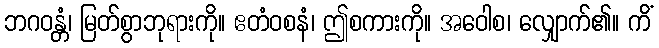
ဘဂဝန္တံ၊ မြတ်စွာဘုရားကို။ ဧတံဝစနံ၊ ဤစကားကို။ အဝေါစ၊ လျှောက်၏။ ကိံ